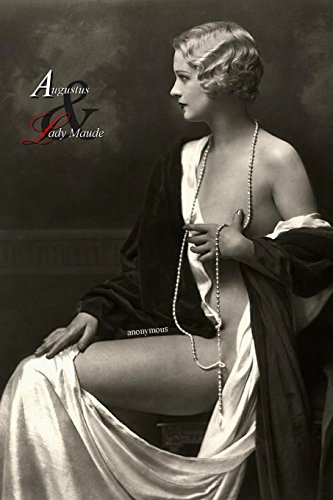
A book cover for Augustus & Lady Maud; Anonymous; Romance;